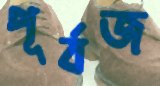
পূর্বজ